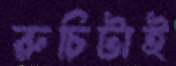
রুচিটাই